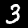
Digit: 3